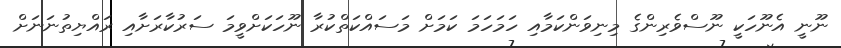
ނޫނީ އެނޫހަކީ ނޫސްވެރިންގެ މިނިވަންކަމާއި ހަމަހަމަ ކަމަށް މަސައްކަތްކުރާ ނޫހަކަށްވީމަ ސަރުކާރަށާއި ރައްޔިތުނަނަށް